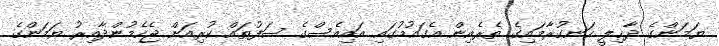
ޔަމަންގެ ދާޚިލީ ހަނގުރާމައިގެ ތެރެއިން އެގައުމުގައި އައިއެސްގެ ސަފުތައް ކުރިއަށް ޖެހެމުންދާއިރު ޔަމަންގެ